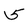
Character: 5